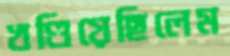
খণ্ডিয়েছিলেম